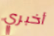
أخبري